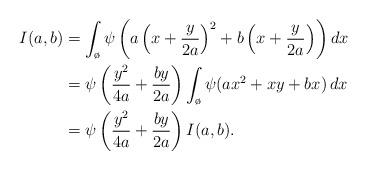
LaTeX: \begin{align*} I(a,b) & = \int_{\o} \psi\left( a \left( x + \frac{y}{2a} \right)^2 + b \left( x + \frac{y}{2a} \right) \right) dx \\ & = \psi\left( \frac{y^2}{4a} + \frac{by}{2a} \right) \int_{\o} \psi(ax^2 + xy+bx) \, dx \\ & = \psi\left( \frac{y^2}{4a} + \frac{by}{2a} \right) I(a,b).\end{align*}